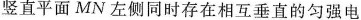
竖直平面MN左侧同时存在相互垂直的匀强电